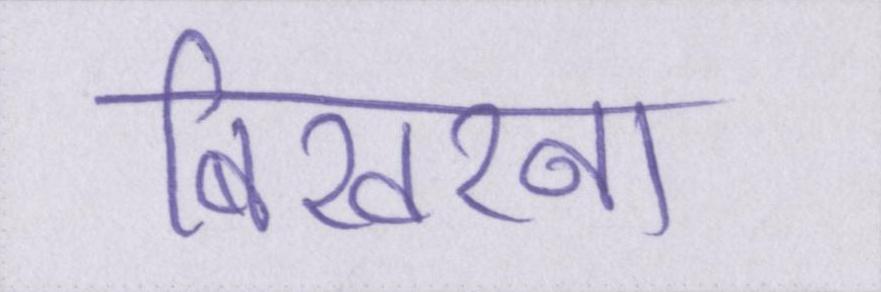
बिखरना